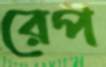
রেপ